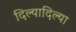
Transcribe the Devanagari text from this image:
दिल्यादिल्या